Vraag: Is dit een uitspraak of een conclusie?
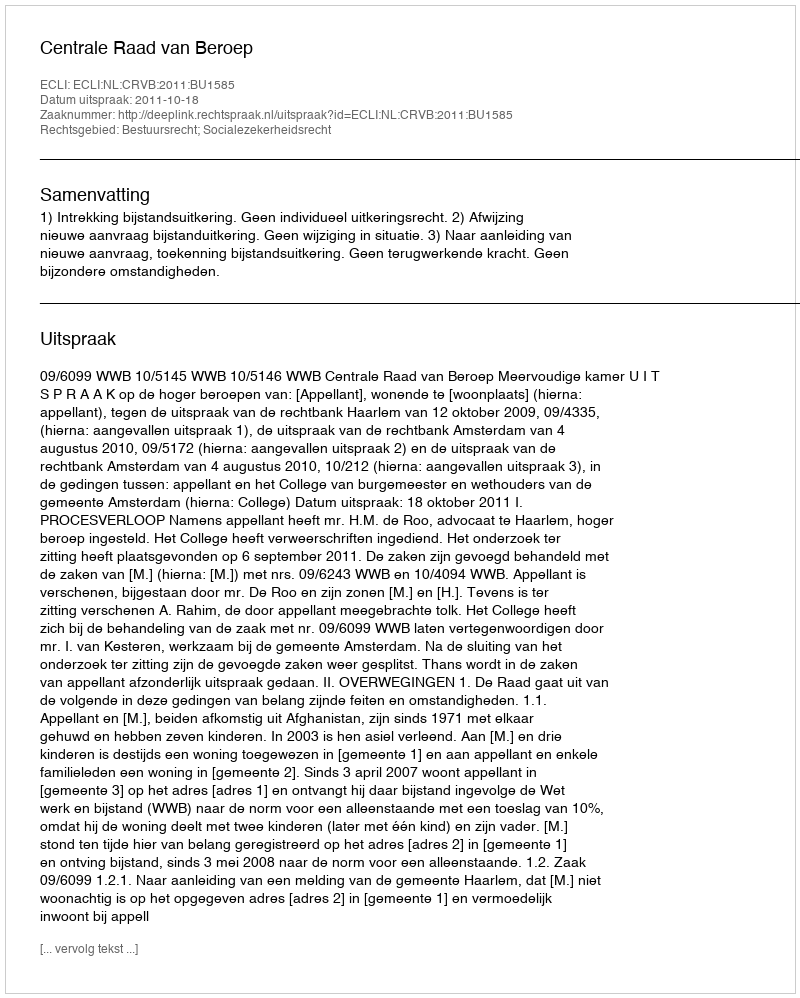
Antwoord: Uitspraak